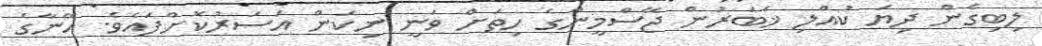
ލިބިގެން ދިޔަ ކުއްލި ޚަބަރުން ޖޭސްމީންގެ ހިތަށް ވަނީ ނިކަން އަސަރުކޮށްފައެވެ. އޭނާގެ